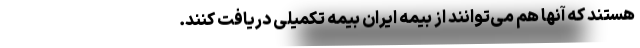
هستند که آنها هم می‌توانند از بیمه ایران بیمه تکمیلی دریافت کنند.